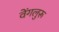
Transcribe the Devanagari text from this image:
वेंगलुरू